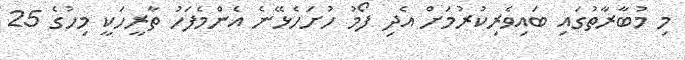
މި މުބާރާތުގައި ބައިވެރިކުރުމަށް އެދި ފޯމު ހުށަހެޅޭނެ އެންމެފަހު ތާރީހަކީ މިހުގެ 25